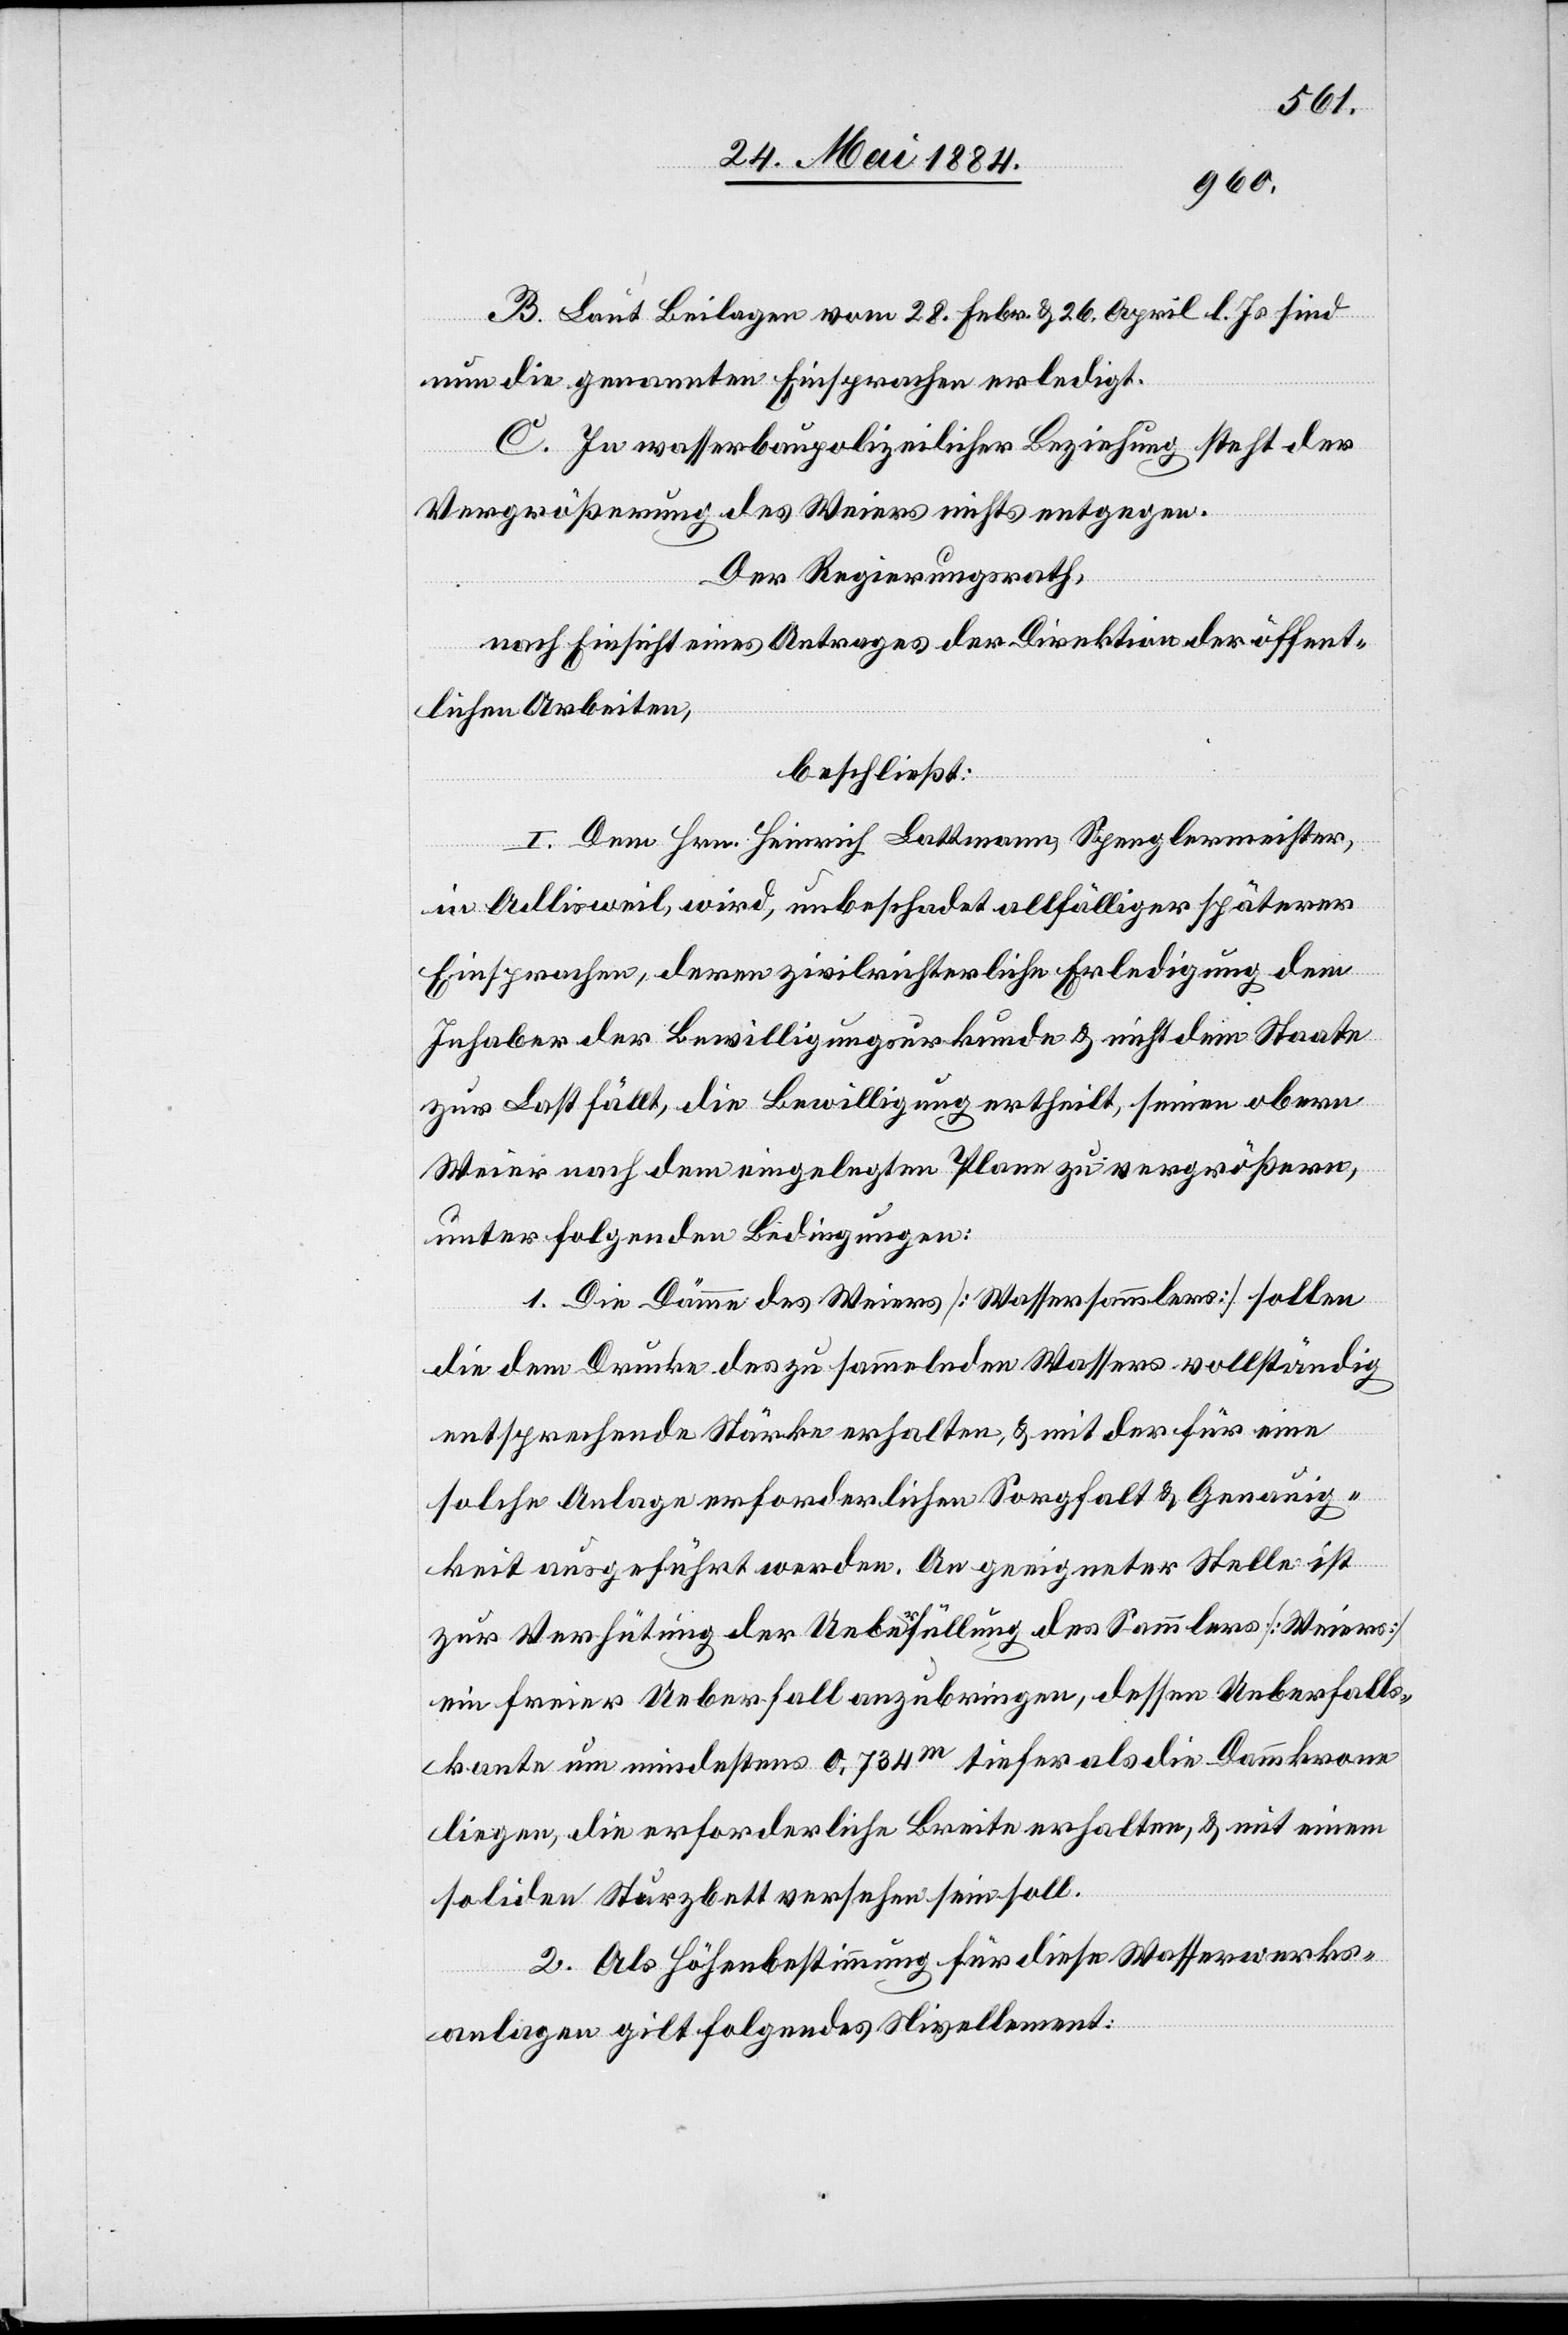
B. Laut Beilagen vom 28. Febr. & 26. April l. Js. sind
nun die genannten Einsprachen erledigt.
C. In wasserbaupolizeilicher Beziehung steht der
Vergrößerung des Weiers nichts entgegen.
Der Regierungsrath,
nach Einsicht eines Antrages der Direktion der öffent¬
lichen Arbeiten,
beschließt:
I. Dem Hrn. Heinrich Lattmann, Spenglermeister,
in Adlisweil, wird, unbeschadet allfälliger späterer
Einsprachen, deren zivilrichterliche Erledigung dem
Inhaber der Bewilligungsurkunde & nicht dem Staate
zu Last fällt, die Bewilligung ertheilt, seinen obern
Weier nach dem eingelegten Plane zu vergrößern,
unter folgenden Bedingungen:
1. Die Dämme des Weiers [Wassersammlers] sollen
die dem Drucke des zu sammelnden Wassers vollständig
entsprechende Stärke erhalten, & mit der für eine
solche Anlage erforderliche Sorgfalt & Genauig¬
keit ausgeführt werden. An geeigneter Stelle ist
zur Verhütung der Ueberfüllung des Sammlers [Weiers]
ein freier Ueberfall anzubringen, dessen Ueberfalls¬
kante um mindestens 0,734m tiefer als die Dammkrone
liegen, die erforderliche Breite erhalten, & mit einem
soliden Sturzbett versehen sein soll.
2. Als Höhenbestimmung für diese Wasserwerks¬
anlagen gilt folgendes Nivellement: